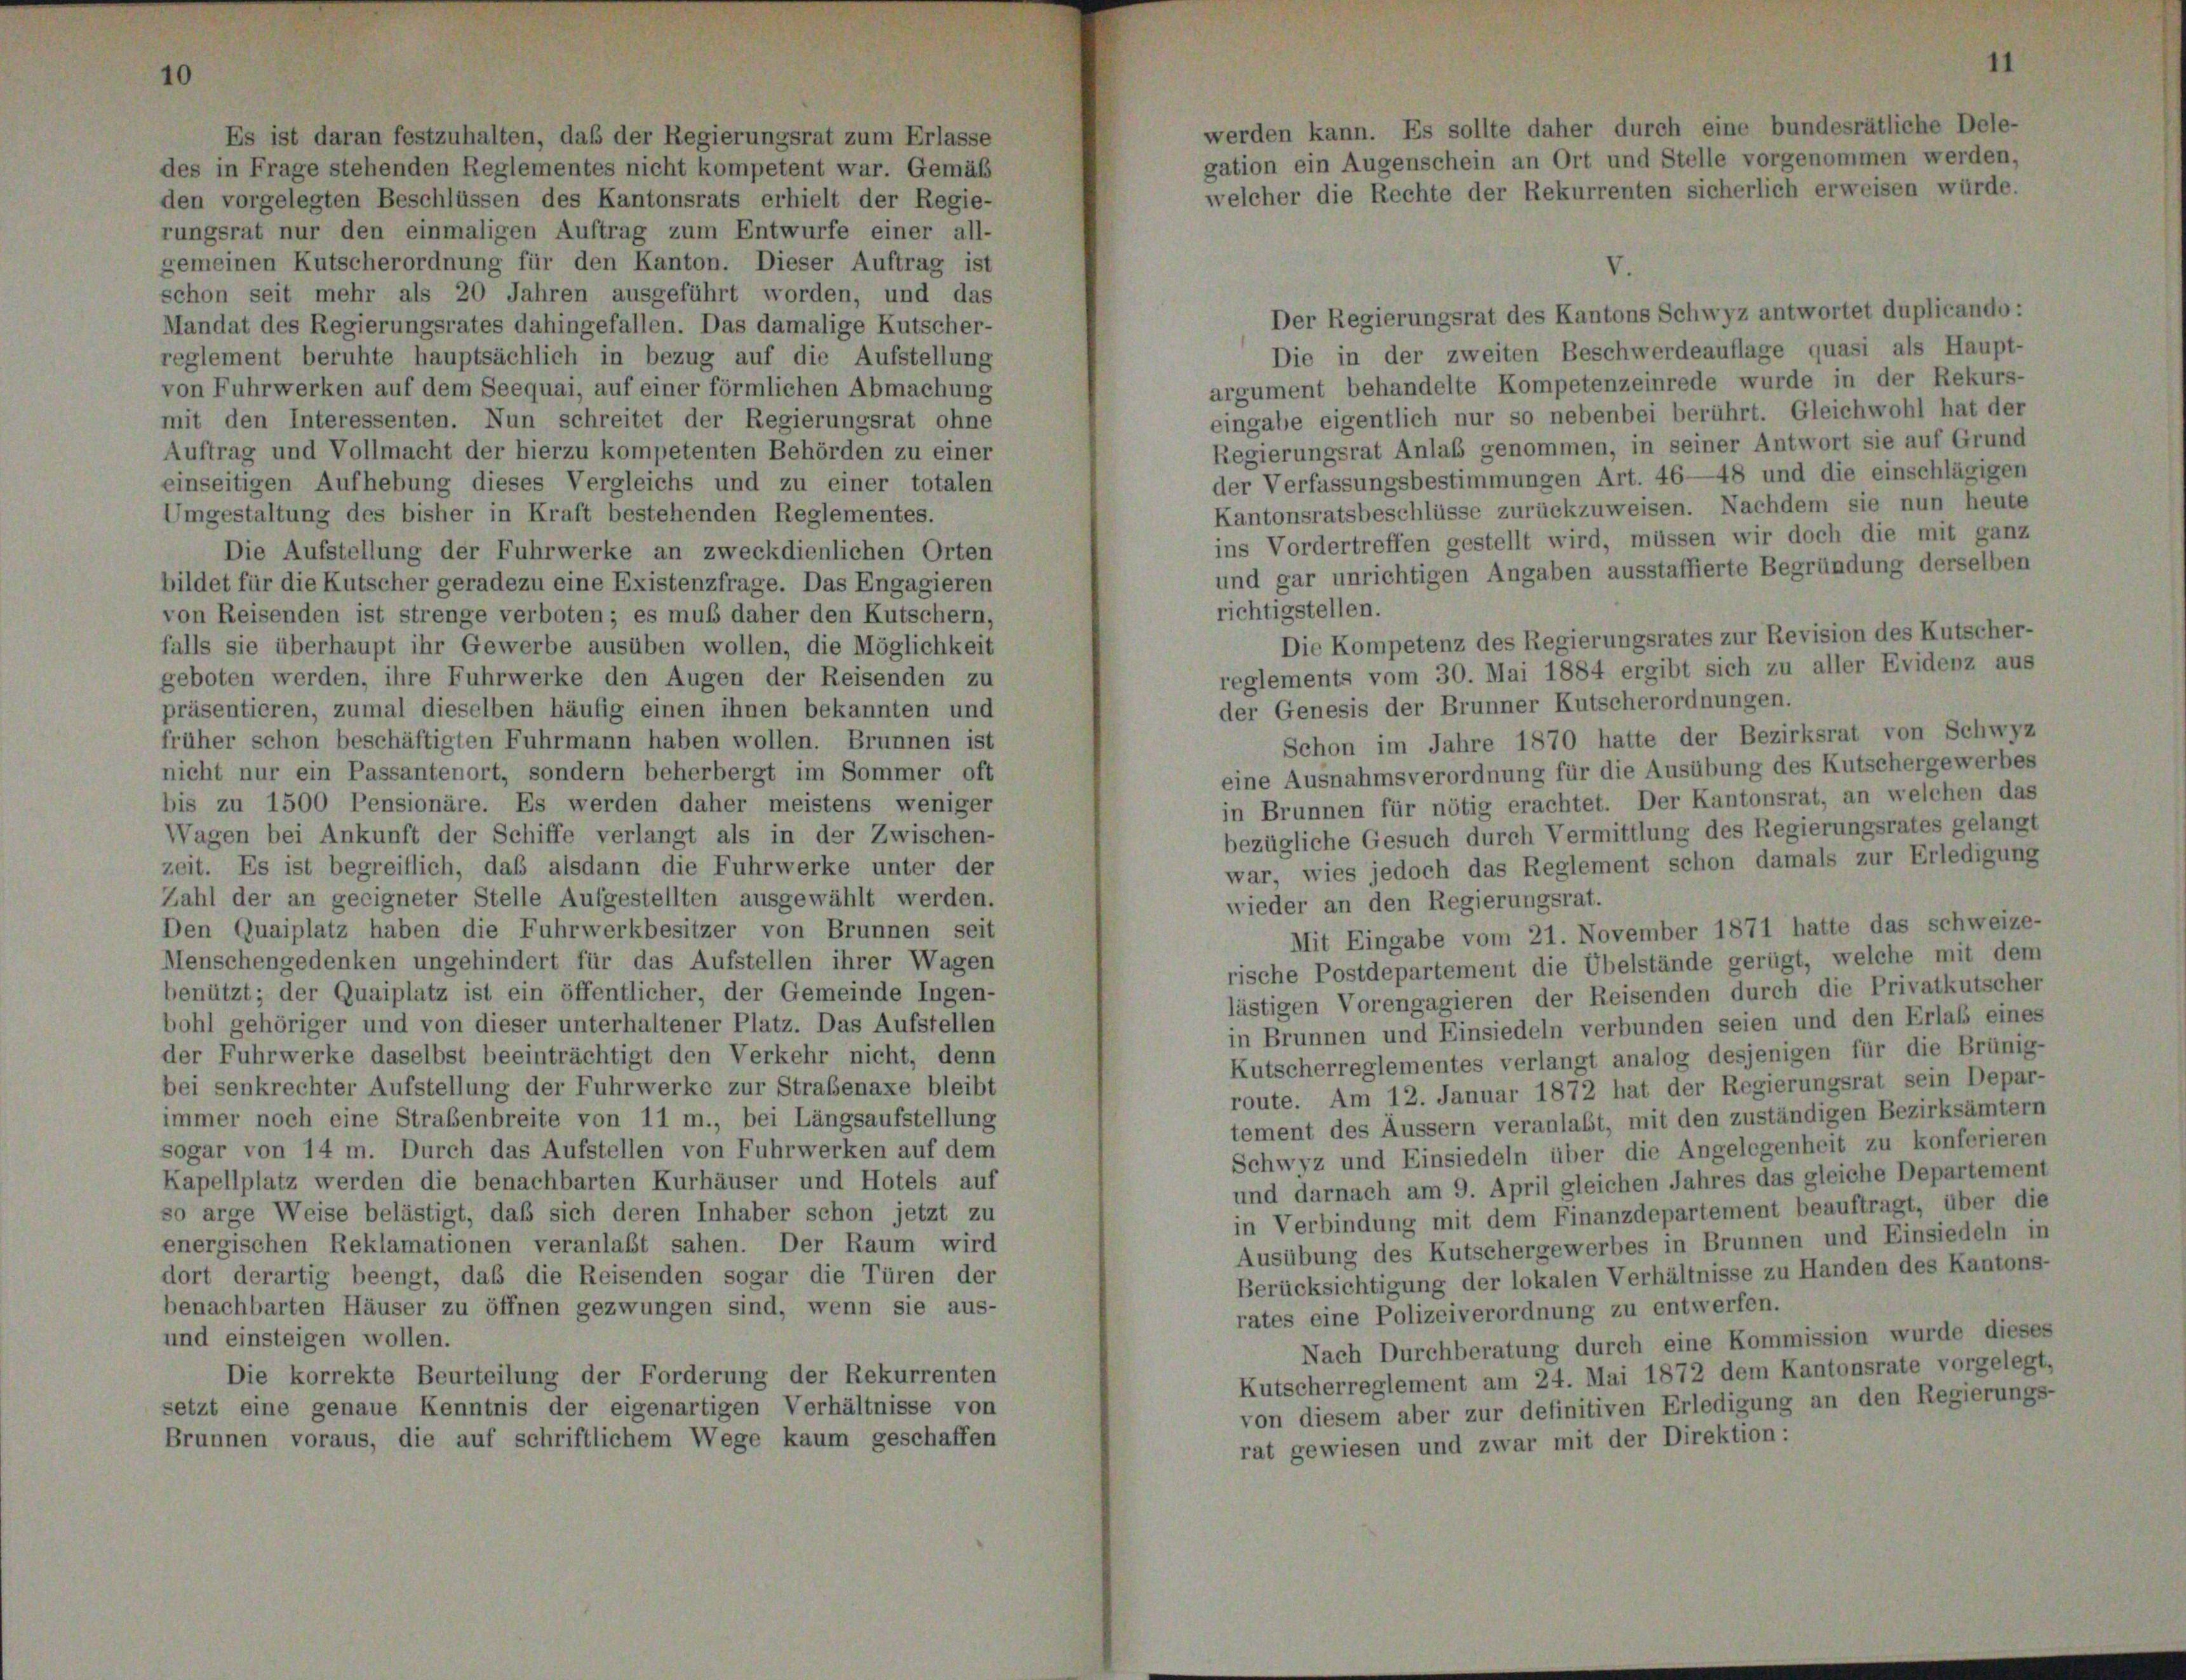
Es ist daran festzuhalten, daß der Regierungsrat zum Erlasse
des in Frage stehenden Reglementes nicht kompetent war. Gemäß
den vorgelegten Beschlüssen des Kantonsrats erhielt der Regie-
rungsrat nur den einmaligen Auftrag zum Entwurfe einer all-
gemeinen Kutscherordnung für den Kanton. Dieser Auftrag ist
schon seit mehr als 20 Jahren ausgeführt worden, und das
Der Regierungsrat des Kantons Schwyz antwortet duplicando:
Mandat des Regierungsrates dahingefallen. Das damalige Kutscher-
Die in der zweiten Beschwerdeauflage quasi als Haupt-
reglement beruhte hauptsächlich in bezug auf die Aufstellung
argument behandelte Kompetenzeinrede wurde in der Rekurs-
von Fuhrwerken auf dem Seequai, auf einer förmlichen Abmachung
eingabe eigentlich nur so nebenbei berührt. Gleichwohl hat der
mit den Interessenten. Nun schreitet der Regierungsrat ohne
Regierungsrat Anlaß genommen, in seiner Antwort sie auf Grund
Auftrag und Vollmacht der hierzu kompetenten Behörden zu einer
der Verfassungsbestimmungen Art. 46—48 und die einschlägigen
einseitigen Aufhebung dieses Vergleichs und zu einer totalen
Kantonsratsbeschlüsse zurückzuweisen. Nachdem sie nun heute
Umgestaltung des bisher in Kraft bestehenden Reglementes.
ins Vordertreffen gestellt wird, müssen wir doch die mit ganz
Die Aufstellung der Fuhrwerke an zweckdienlichen Orten
und gar unrichtigen Angaben ausstaffierte Begründung derselben
bildet für die Kutscher geradezu eine Existenzfrage. Das Engagieren
richtigstellen.
von Reisenden ist strenge verboten; es muß daher den Kutschern,
Die Kompetenz des Regierungsrates zur Revision des Kutscher-
falls sie überhaupt ihr Gewerbe ausüben wollen, die Möglichkeit
reglements vom 30. Mai 1884 ergibt sich zu aller Evidenz aus
geboten werden, ihre Fuhrwerke den Augen der Reisenden zu
der Genesis der Brunner Kutscherordnungen.
präsentieren, zumal dieselben häufig einen ihnen bekannten und
Schon im Jahre 1870 hatte der Bezirksrat von Schwyz
früher schon beschäftigten Fuhrmann haben wollen. Brunnen ist
eine Ausnahmsverordnung für die Ausübung des Kutschergewerbes
nicht nur ein Passantenort, sondern beherbergt im Sommer oft
in Brunnen für nötig erachtet. Der Kantonsrat, an welchen das
bis zu 1500 Pensionäre. Es werden daher meistens weniger
bezügliche Gesuch durch Vermittlung des Regierungsrates gelangt
Wagen bei Ankunft der Schiffe verlangt als in der Zwischen-
war, wies jedoch das Reglement schon damals zur Erledigung
zeit. Es ist begreiflich, daß alsdann die Fuhrwerke unter der
Zahl der an geeigneter Stelle Aufgestellten ausgewählt werden.
wieder an den Regierungsrat.
Den Quaiplatz haben die Fuhrwerkbesitzer von Brunnen seit
Mit Eingabe vom 21. November 1871 hatte das schweize-
Menschengedenken ungehindert für das Aufstellen ihrer Wagen
rische Postdepartement die Übelstände gerügt, welche mit dem
benützt; der Quaiplatz ist ein öffentlicher, der Gemeinde Ingen-
lästigen Vorengagieren der Reisenden durch die Privatkutscher
bohl gehöriger und von dieser unterhaltener Platz. Das Aufstellen
in Brunnen und Einsiedeln verbunden seien und den Erlaß eines
der Fuhrwerke daselbst beeinträchtigt den Verkehr nicht, denn
Kutscherreglementes verlangt analog desjenigen für die Brünig-
bei senkrechter Aufstellung der Fuhrwerke zur Strabenaxe bleibt
route. Am 12. Januar 1872 hat der Regierungsrat sein Depar-
immer noch eine Straßenbreite von 11 m., bei Längsaufstellung
tement des Äussern veranlaßt, mit den zuständigen Bezirksämtern
sogar von 14 m. Durch das Aufstellen von Fuhrwerken auf dem
Schwyz und Einsiedeln über die Angelegenheit zu konferieren
Kapellplatz werden die benachbarten Kurhäuser und Hotels auf
und darnach am 9. April gleichen Jahres das gleiche Departement
so arge Weise belästigt, daß sich deren Inhaber schon jetzt zu
in Verbindung mit dem Finanzdepartement beauftragt, über die
energischen Reklamationen veranlaßt sahen. Der Raum wird
Ausübung des Kutschergewerbes in Brunnen und Einsiedeln in
dort derartig beengt, daß die Reisenden sogar die Türen der
Berücksichtigung der lokalen Verhältnisse zu Handen des Kantons-
benachbarten Häuser zu öffnen gezwungen sind, wenn sie aus-
rates eine Polizeiverordnung zu entwerfen.
und einsteigen wollen.
Nach Durchberatung durch eine Kommission wurde dieses
Kutscherreglement am 24. Mai 1872 dem Kantonsrate vorgelegt,
Die korrekte Beurteilung der Forderung der Rekurrenten
von diesem aber zur definitiven Erledigung an den Regierungs-
setzt eine genaue Kenntnis der eigenartigen Verhältnisse von
Brunnen voraus, die auf schriftlichem Wege kaum geschaffen
rat gewiesen und zwar mit der Direktion:

gation ein Augenschein an Ort und Stelle vorgenommen werden,
welcher die Rechte der Rekurrenten sicherlich erweisen würde.

werden kann. Es sollte daher durch eine bundesrätliche Dele-